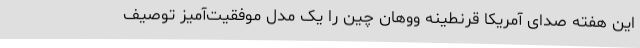
این هفته صدای آمریکا قرنطینه ووهان چین را یک مدل موفقیت‌آمیز توصیف